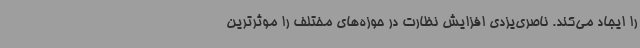
را ایجاد می‌کند. ناصری‌یزدی افزایش نظارت در حوزه‌های مختلف را موثرترین